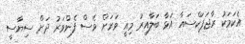
އެކަމަކު ރާޖަޕަކްސައާ އަޅާ ބަލާއިރު މިއީ ވަރަށް ވެސް ފެންވަރު ދަށް ސިޔާސީ